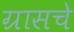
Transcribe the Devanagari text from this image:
ग्रासचे